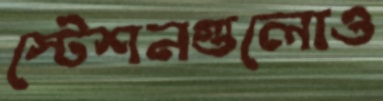
স্টেশনগুলোও